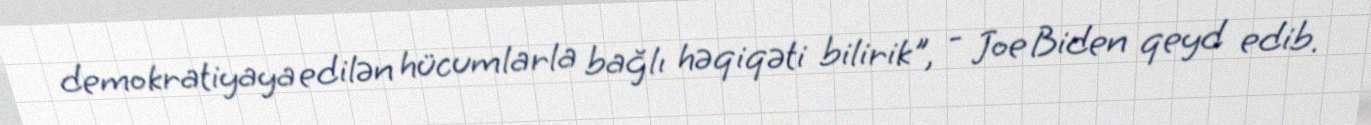
demokratiyaya edilən hücumlarla bağlı həqiqəti bilirik", - Joe Biden qeyd edib.